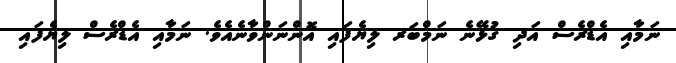
ނަމާއި އެޑްރެސް އަދި ގުޅޭނެ ނަމްބަރ ލިޔެފައި އޮންނަންވާނެއެވެ. ނަމާއި އެޑްރެސް ލިޔެފައި